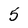
Character: 5